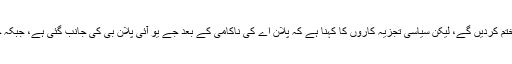
جے یو آئی کی جانب سے یہ توقع نہیں کی جارہی تھی کہ وہ انتی جلدی دھرنا ختم کردیں گے، لیکن سیاسی تجزیہ کاروں کا کہنا ہے کہ پلان اے کی ناکامی کے بعد جے یو آئی پلان بی کی جانب گئی ہے، جبکہ جے یو آئی اس بات کو ماننے کےلیے تیار نہیں کہ ان کا پلان اے ناکام ہوا ہے۔